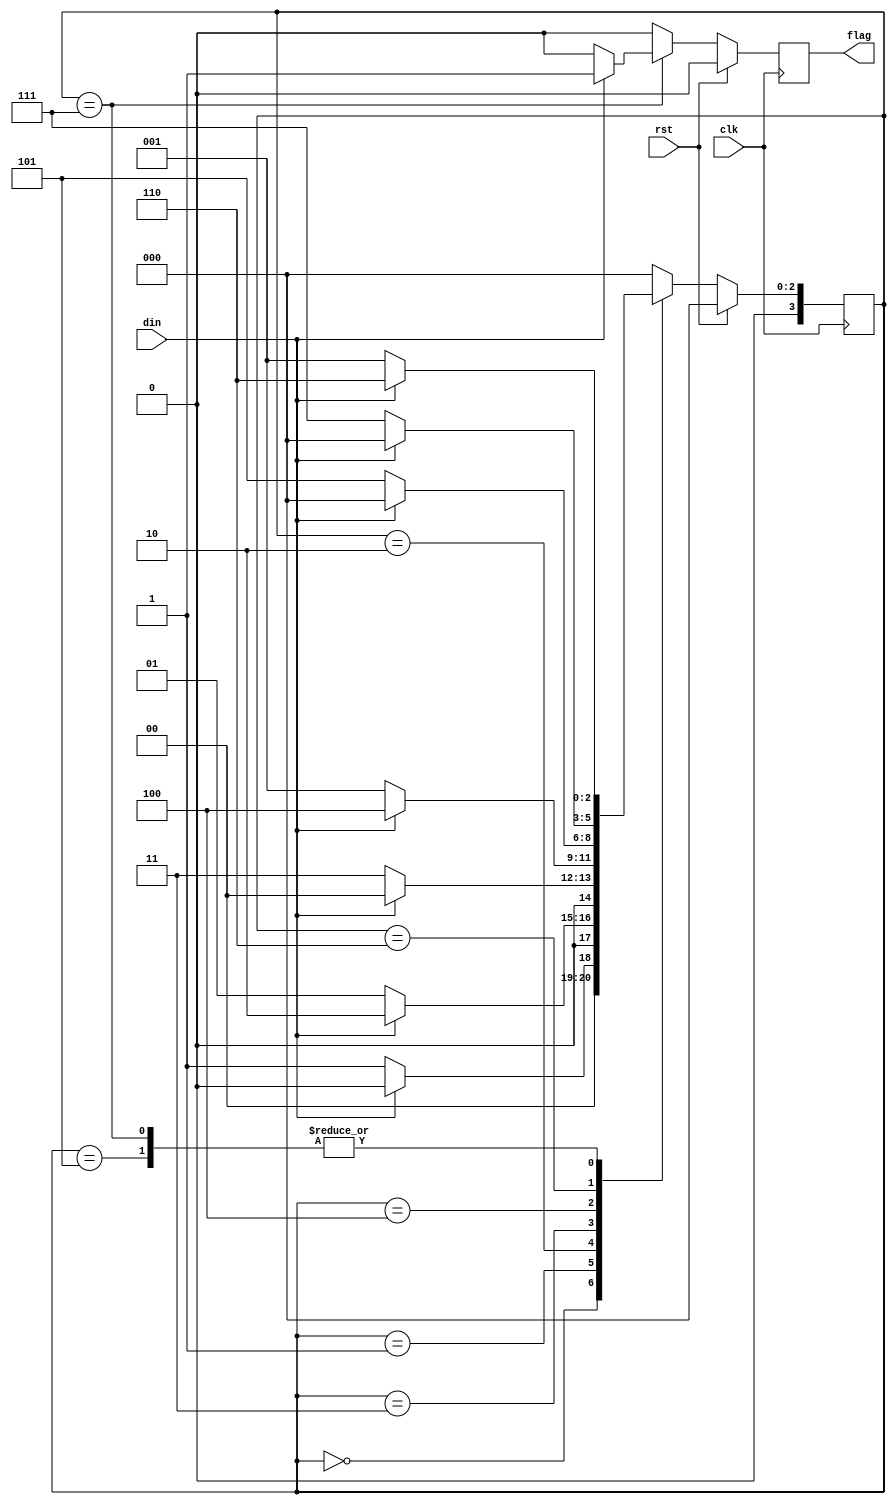

`timescale 1ns/1ns

module mealy(flag, din, clk, rst);
  input din,clk,rst;
  output reg flag;
  
  parameter S0 = 4'b0000;
  parameter S1 = 4'b0001;
  parameter S2 = 4'b0010;
  parameter S3 = 4'b0011;
  parameter S4 = 4'b0100;
  parameter S5 = 4'b0101;
  parameter S6 = 4'b0110;
  parameter S7 = 4'b0111;
  
  reg [3:0] state;
  
  always @(posedge clk) begin
    if (rst) begin
      flag <= 0;
      state <= S0;
    end
    else begin
      case (state)
        S0: begin state <= (din)? S0:S1; flag<=0;end
        S1: begin state <= (din)? S2:S1; flag<=0;end
        S2: begin state <= (din)? S0:S3; flag<=0;end
        S3: begin state <= (din)? S4:S1; flag<=0;end
        S4: begin state <= (din)? S0:S5; flag<=0;end
        S5: begin state <= (din)? S6:S1; flag<=0;end
        S6: begin state <= (din)? S0:S7; flag<=0;end
        S7: if (din) begin state <= S6; flag <= 1;end
            else begin state <= S1; flag<= 0; end
        default:  begin state <= S0; flag <= 0; end
      endcase
    end
  end
  
endmodule